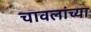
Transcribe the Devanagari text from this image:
चावलांच्या